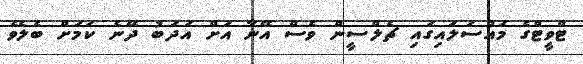
ޓްވީޓްގެ މައްސަލައިގައި ޗެލްސީން ވެސް އޭނާ އަށް އަދަބު ދޭނެ ކަމަށް ބެލެވެ